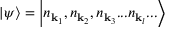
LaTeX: | \psi \rangle = \left| n _ { \mathbf { k } _ { 1 } } , n _ { \mathbf { k } _ { 2 } } , n _ { \mathbf { k } _ { 3 } } . . . n _ { \mathbf { k } _ { l } } . . . \right\rangle